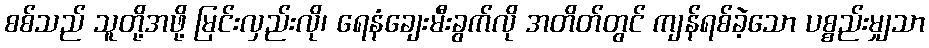
စစ်သည် သူတို့အဖို့ မြင်းလှည်းလို၊ ရေနံချေးမီးခွက်လို အတိတ်တွင် ကျန်ရစ်ခဲ့သော ပစ္စည်းမျှသာ